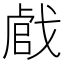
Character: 𢧝